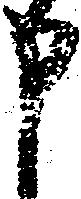
申